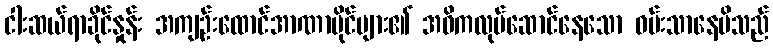
ငါးဆယ်ရာခိုင်နှုန်း အကျဉ်းထောင်အာဏာပိုင်များ၏ အဓိကလုပ်ဆောင်နေသော ဝမ်းသာနေမိသည်